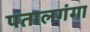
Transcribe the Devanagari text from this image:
पतालगंगा